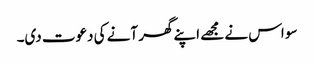
سو اس نے مجھے اپنے گھر آنے کی دعوت دی۔